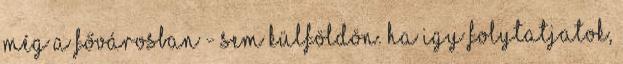
még a fővárosban - sem külföldön. Ha igy folytatjatok,